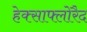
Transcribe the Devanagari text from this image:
हेक्साफ्लोरैद